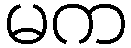
မက